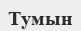
Тумын